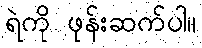
ရဲကို ဖုန်းဆက်ပါ။